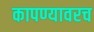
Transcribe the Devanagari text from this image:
कापण्यावरच